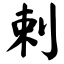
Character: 剌